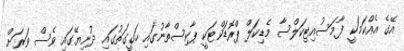
އޭގެ އެއްކަމަކީ ފާމަސުއިޓިކަލްސާ މެޑިކަލް ޕްރޮޑަކްޓަކީ ޕާކިސްތާނުގައި ހަގީގަތުގައި ދުނިޔޭގައި ވެސް ވަރަށް